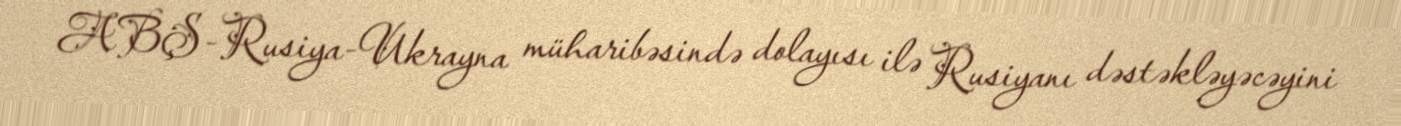
ABŞ-Rusiya-Ukrayna müharibəsində dolayısı ilə Rusiyanı dəstəkləyəcəyini